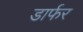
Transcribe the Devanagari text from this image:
डार्फर